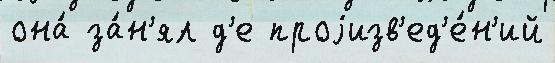
она́ за́н'ял д'е проjизв'ед'е́н'ий